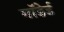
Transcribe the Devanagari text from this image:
गाॅडेर्ड